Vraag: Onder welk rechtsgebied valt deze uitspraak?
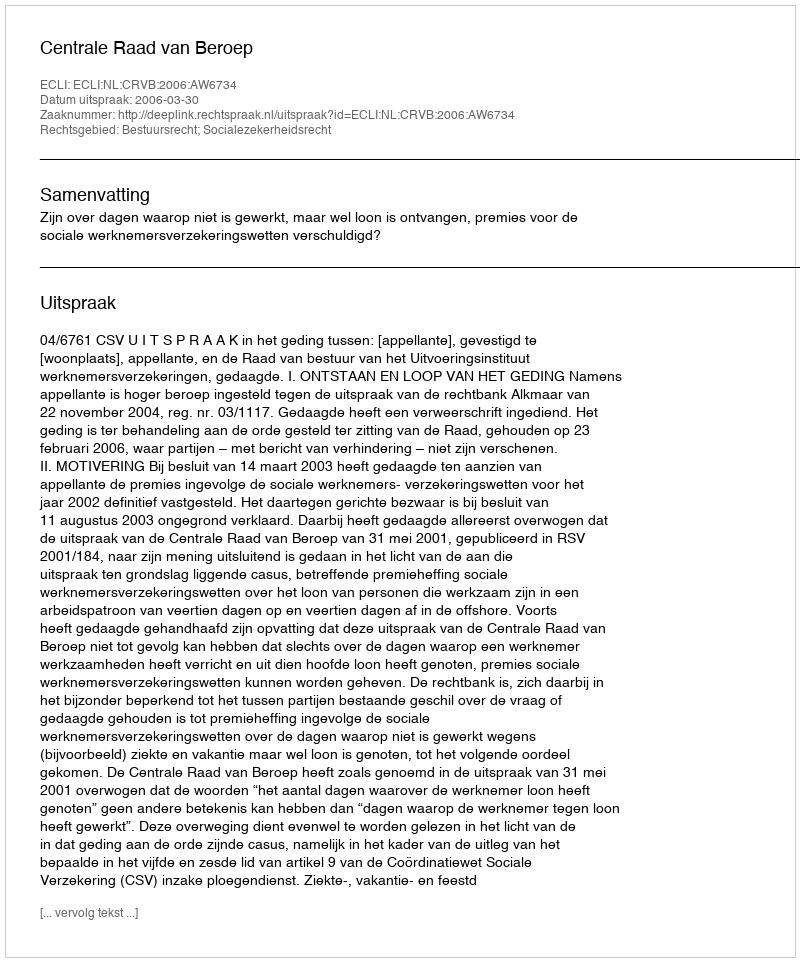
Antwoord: Bestuursrecht; Socialezekerheidsrecht